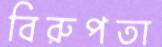
বিরুপতা